Vital statistics of India. Vol. IV, Annual returns from 1871 to 1876. British Army of India, Native Army and jails of Bengal
Year: 1871
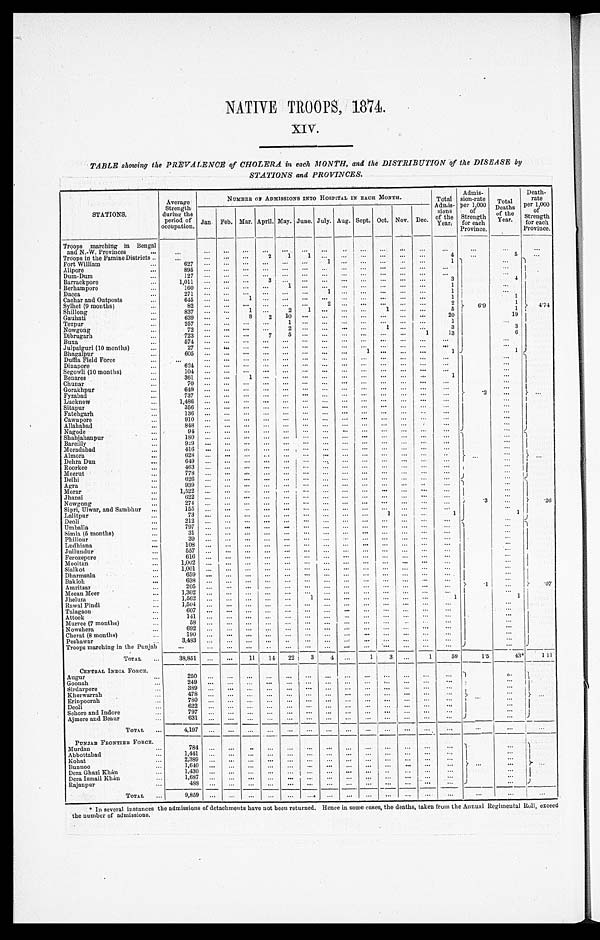
NATIVE TROOPS, 1874.
XIV.
TABLE showing the PREVALENCE of CHOLERA in each MONTH, and the DISTRIBUTION of the DISEASE by
STATIONS and PROVINCES.
STATIONS.
Average
Strength
during the
period of
occupation.
NUMBER OF ADMISSIONS INTO HOSPITAL IN EACH MONTH.
Total
Admis- sions of the
Year.
Admis- sion-rate
per 1,000
of
Strength for each
Province.
Total
Deaths of the
Year.
Death- rate
per 1,000
of
Strength for each
Province.
Jan. Feb. Mar. April. May. June. July. Aug. Sept. Oct. Nov. Dec.
Troops marching in Bengal
and N.-W. Provinces
Troops in the Famine Districts
2 1 1
4
5
Fort William
6 2 7
1
1 6. 9
4 . 7 4
Alipore
8 9 5
Dum-Dum
127
Barrackpore
1,011
3
3
4
Berhampore
1 6 0
1
1
Dacca
2 7 1
1
1
C a c h a r a n d O u t p o s t s
645
1
1
1
Sylhet (9 months)
8 2
2
2
1
Shillong
8 3 7
1
2 1
1
5
1
Gauhati
639
8 2 10
2 0
1 9
Tezpur
257
1
1
N o w g o n g
7 2
2
1
3
3
Dibrugarh
7 2 3
7 5
1 13
6
Buxa
5 7 4
Julpaiguri (10 months)
2 7
Bhagalpur
6 0 5
1
1
1
Duffla Field Force
.2
Dinapore
6 2 4
Segowli (10 months)
1 0 4
Benares
3 6 1
1
1
Chunar
7 0
Gorakhpur
649
Fyzabad
7 3 7
Lucknow
1,486
Sitapur
3 5 6
Fatehgarh
1 3 6
Cawnpore
910
Allahabad
848
Nagode
94
Shahjahanpur
180
Bareilly
9 2 9
Moradabad
416
Almora
628
Dehra Dun
649
Roorkee
4 6 3
Meerut
778
Delhi
6 2 6
Agra
939
.3
.26
Morar
1 , 5 2 2
Jhansi
6 2 2
Nowgong
2 7 4
Sipri, Ulwar, and Sambhur
155
Lalitpur
73
1
1
1
D e o l i
212
Umballa
7 9 7
. 1
.07
Simla (5 months)
3 1
Phillour
3 9
Ludhiana
108
Jullundur
557
Ferozepore
616
Mooltan
1,002
Sialkot
1,001
Dharmsala
659
Bakloh
638
Amritsar
205
Meean Meer
1,302
Jhelum
1 , 5 6 2
1
1
1
Rawal Pindi
1,504
Talagaon
6 0 7
Attock
141
Murree (7 months)
58
Nowshera
6 9 2
Cherat (8 months)
190
Peshawar
3,483
Troops marching in the Punjab
TOTAL
38,851
11 14 22 3 4
1 3
1 59
1.5
43* 111
CENTRAL INDIA FORCE.
Augur
2 5 0
Goonah
249
Sirdarpore
3 8 9
Kherwarrah
4 7 8
Erinpoorah
780
D e o l i
6 2 2
Sehore and Indore
797
Ajmere and Beaur
631
TOTAL
4 , 1 9 7
PUNJAB FRONTIER FORCE.
Murdan
784
Abbottabad
1 , 4 4 1
Kohat
2,389
Bunnoo
1,640
D e r a G h a z i K h á n
1 , 4 3 0
Dera Ismail Khán
1,687
Rajanpur
4 8 8
TOTAL
9 , 8 5 9
* In several instances the admissions of detachments have not been returned. Hence in some cases, the deaths, taken from the Annual Regimental Roll, exceed
the number of admissions.